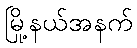
မြို့နယ်အနက်